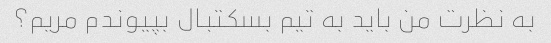
به نظرت من باید به تیم بسکتبال بپیوندم مریم؟